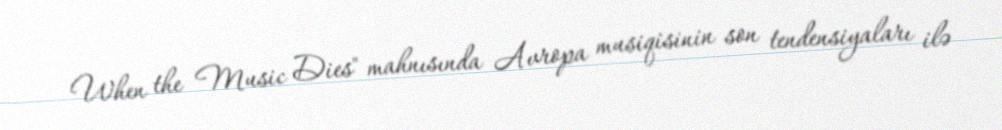
When the Music Dies" mahnısında Avropa musiqisinin son tendensiyaları ilə